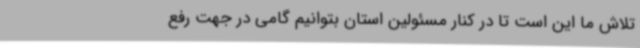
تلاش ما این است تا در کنار مسئولین استان بتوانیم گامی در جهت رفع